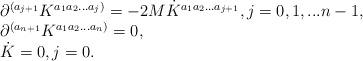
LaTeX: \begin{align*}\begin{array}{l}\partial^{(a_{j+1}}K^{a_1 a_2 ...a_j)}= -2M{\dot K}^{a_1 a_2...a_{j+1}},j=0,1,...n-1,\\\partial^{(a_{n+1}} K^{a_1 a_2 ...a_n)} =0,\\{\dot K}=0,j=0.\end{array} \end{align*}